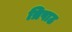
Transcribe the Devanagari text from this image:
त्रिपाठ